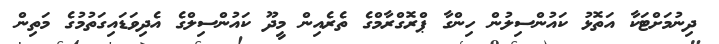
ދިނުމަށްޓަކާ އަތޮޅު ކައުންސިލުން ހިންގާ ޕްރޮގްރާމްގެ ތެރެއިން މީދޫ ކައުންސިލްގެ އެދިވަޑައިގަތުމުގެ މަތިން